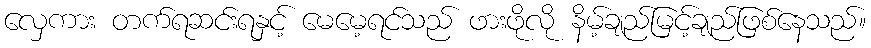
လှေကား တက်ရဆင်းရနှင့် မေမေ့ရင်သည် ဖားဖိုလို နိမ့်ချည်မြင့်ချည်ဖြစ်နေသည်။